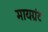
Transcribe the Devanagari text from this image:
मायग्रंट